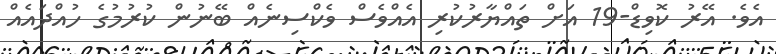
އެވެ. އޭރު ކޮވިޑް-19 އަށް ތައްޔާރުކުރި އެއްވެސް ވެކްސިނެއް ބޭނުން ކުރުމުގެ ހުއްދައެއް